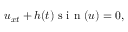
u _ { x t } + h ( t ) \mathrm { ~ s ~ i ~ n ~ } ( u ) = 0 ,